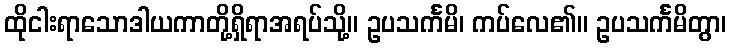
ထိုငါးရာသောဒါယကာတို့ရှိရာအရပ်သို့။ ဥပသင်္ကမိ၊ ကပ်လေ၏။ ဥပသင်္ကမိတွာ၊